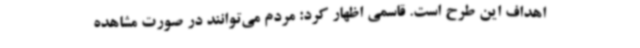
اهداف این طرح است. قاسمی اظهار کرد: مردم می‌توانند در صورت مشاهده